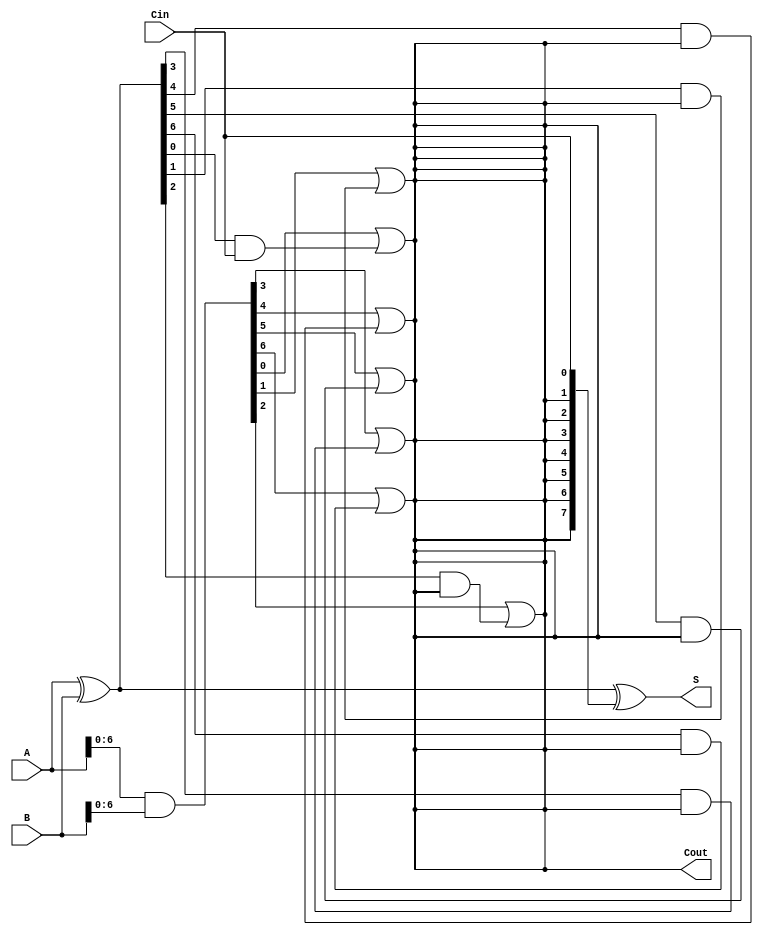
module KoggeStoneAdder #(parameter N = 8) (
    input  [N-1:0] A,      // First n-bit input
    input  [N-1:0] B,      // Second n-bit input
    input         Cin,      // Carry-in
    output [N-1:0] S,      // Sum output
    output        Cout      // Carry-out
);

    // Propagate and Generate signals
    wire [N-1:0] P; // Propagate
    wire [N-1:0] G; // Generate
    wire [N-1:0] C; // Carry signals

    // Compute Propagate and Generate signals
    assign P = A ^ B; // P[i] = A[i] XOR B[i]
    assign G = A & B; // G[i] = A[i] AND B[i]

    // Stage 0: Initial carry
    assign C[0] = Cin; // C[0] = Cin

    // Carry generation stages
    genvar i, k;
    generate
        for (k = 1; k <= $clog2(N); k = k + 1) begin : carry_generation
            for (i = 0; i < N; i = i + 1) begin : carry_stage
                if (i >= (1 << (k - 1))) begin
                    assign C[i] = G[i - (1 << (k - 1))] | (P[i - (1 << (k - 1))] & C[i - (1 << (k - 1))]);
                end
            end
        end
    endgenerate

    // Sum calculation
    assign S = P ^ C[N-1:0]; // S[i] = P[i] XOR C[i-1]

    // Carry-out
    assign Cout = C[N-1];

endmodule